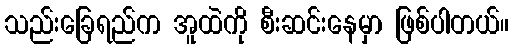
သည်းခြေရည်က အူထဲကို စီးဆင်းနေမှာ ဖြစ်ပါတယ်။